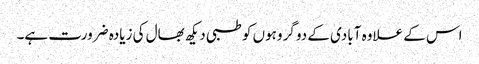
اس کے علاوہ آبادی کے دو گروہوں کو طبی دیکھ بھال کی زیادہ ضرورت ہے۔